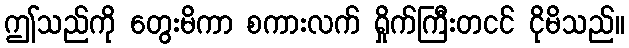
ဤသည်ကို တွေးမိကာ စကားလက် ရှိုက်ကြီးတငင် ငိုမိသည်။